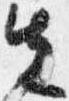
先